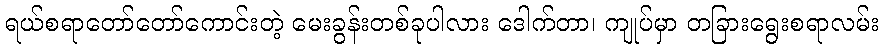
ရယ်စရာတော်တော်ကောင်းတဲ့ မေးခွန်းတစ်ခုပါလား ဒေါက်တာ၊ ကျုပ်မှာ တခြားရွေးစရာလမ်း